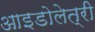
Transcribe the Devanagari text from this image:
आइडोलेत्री